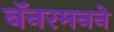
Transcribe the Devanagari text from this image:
बॅनरमनने